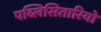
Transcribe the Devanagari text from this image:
पब्लिसितारियो